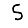
Digit: 5